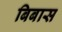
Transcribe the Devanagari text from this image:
बिबास